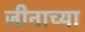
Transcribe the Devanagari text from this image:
जीनाच्या